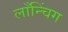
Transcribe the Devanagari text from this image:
लाँन्चिंग